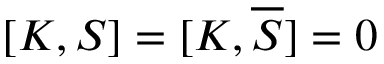
[ K , S ] = [ K , { \overline { { S } } } ] = 0